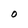
Character: O